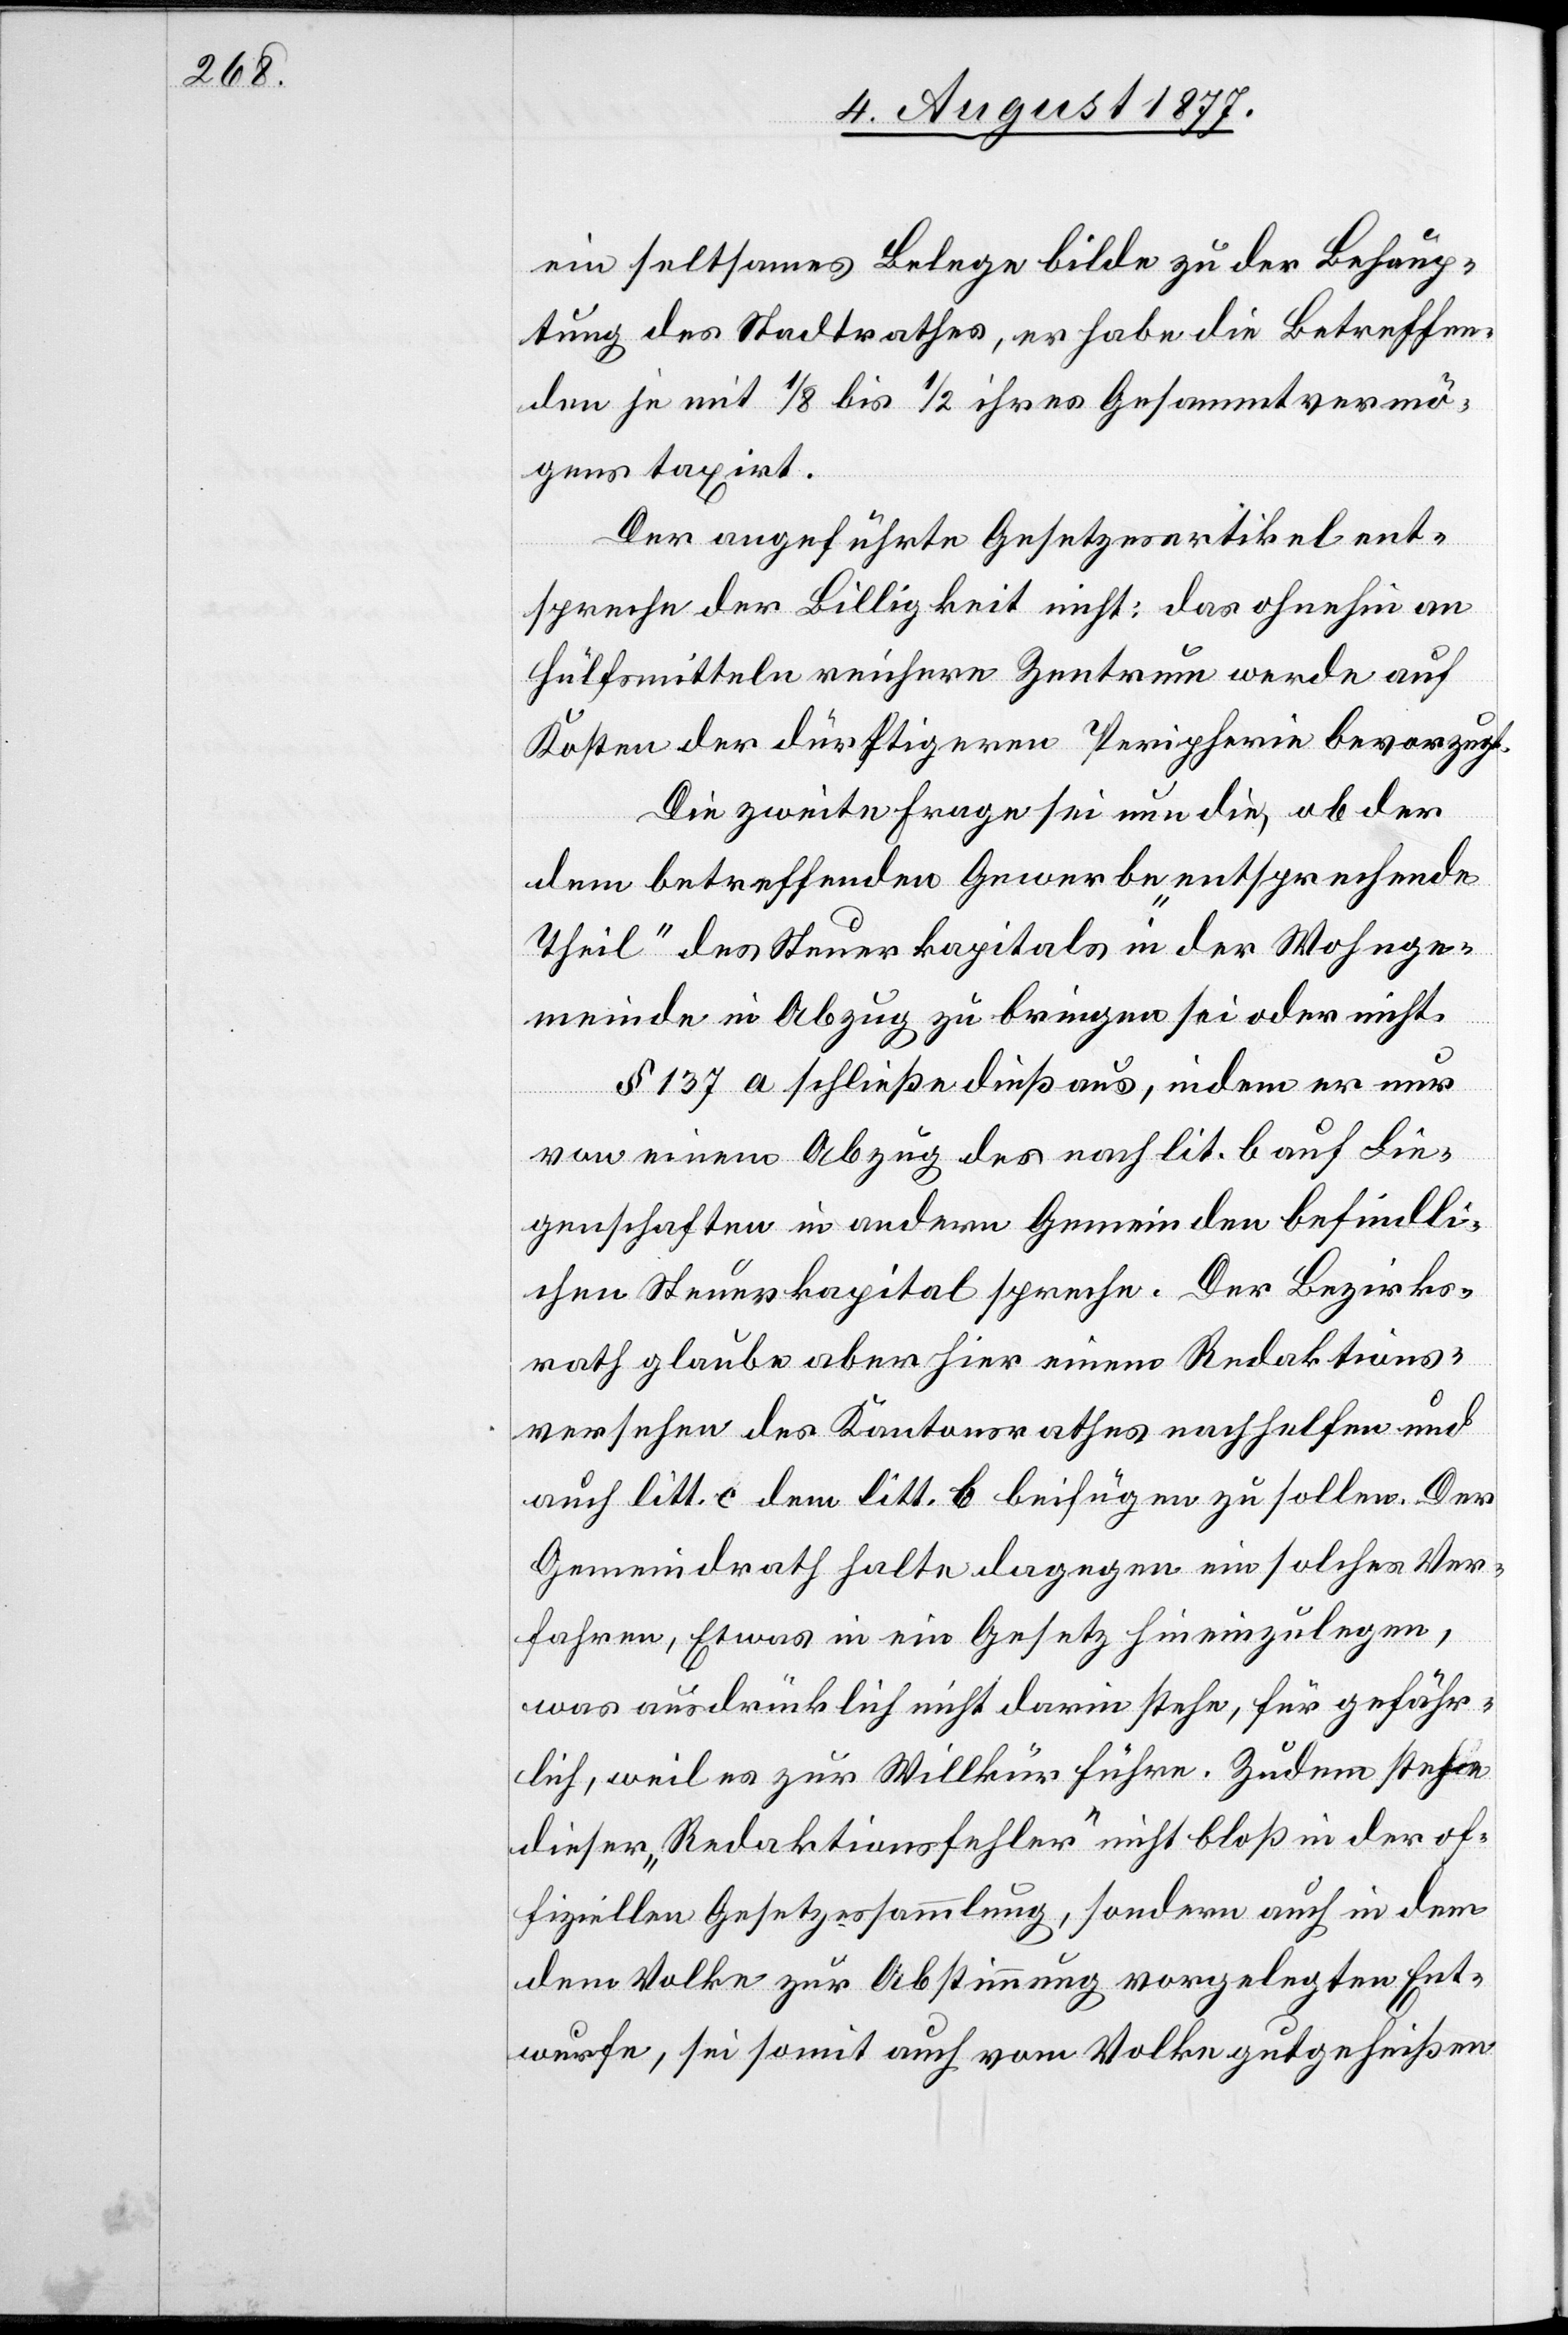
ein seltsames Belege bilde zu der Behaup¬
tung des Stadtrathes, er habe die Betreffen¬
den je mit 1/8 bis 1/2 ihres Gesammtvermö¬
gens taxirt.
Der angeführte Gesetzesartikel ent¬
spreche der Billigkeit nicht: das ohnehin an
Hülfsmitteln reichere Zentrum werde auf
Kosten der dürftigeren Peripherie bevorzugt.
Die zweite Frage sei nun die, ob der
dem betreffenden Gewerbe „entsprechende
Theil“ des Steuerkapitals in der Wohnge¬
meinde in Abzug zu bringen sei oder nicht.
§ 137 a schließe dieß aus, indem er nur
von einem Abzug des nach lit. b auf Lie¬
genschaften in andern Gemeinden befindli¬
chen Steuerkapital spreche. Der Bezirks¬
rath glaube aber hier einem Redaktions¬
versehen des Kantonsrathes nachhelfen und
auch litt. c dem litt. b beifügen zu sollen. Der
Gemeindrath halte dagegen ein solches Ver¬
fahren, Etwas in ein Gesetz hineinzulegen,
was ausdrücklich nicht darin stehe, für gefähr¬
lich, weil es zur Willkür führe. Zudem stehe
dieser „Redaktionsfehler“ nicht bloß in der of¬
fiziellen Gesetzessammlung, sondern auch in dem
dem Volke zur Abstimmung vorgelegten Ent¬
wurfe, sei somit auch vom Volke gutgeheißen